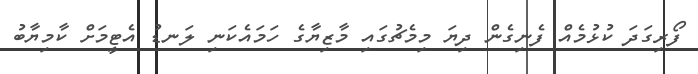
ފޯރިގަދަ ކުޅުމެއް ފެނިގެން ދިޔަ މިމެޗުގައި މާޒިޔާގެ ހަމައެކަނި ލަނޑު އެޓީމަށް ކާމިޔާބު